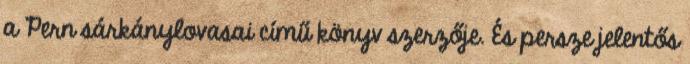
a Pern sárkánylovasai című könyv szerzője. És persze jelentős